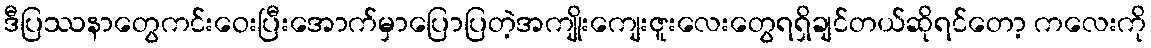
ဒီပြဿနာတွေကင်းဝေးပြီးအောက်မှာပြောပြတဲ့အကျိုးကျေးဇူးလေးတွေရရှိချင်တယ်ဆိုရင်တော့ ကလေးကို